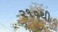
૨૧૦થી